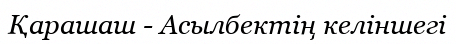
Қарашаш - Асылбектің келіншегі